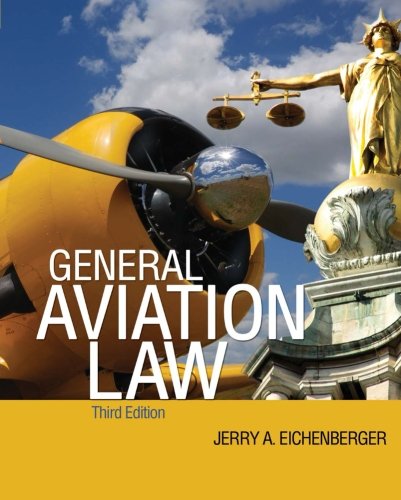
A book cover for General Aviation Law 3/E; Jerry Eichenberger; Law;